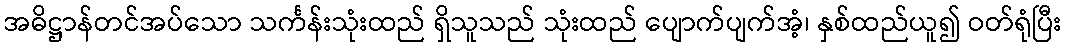
အဓိဋ္ဌာန်တင်အပ်သော သင်္ကန်းသုံးထည် ရှိသူသည် သုံးထည် ပျောက်ပျက်အံ့၊ နှစ်ထည်ယူ၍ ဝတ်ရုံပြီး